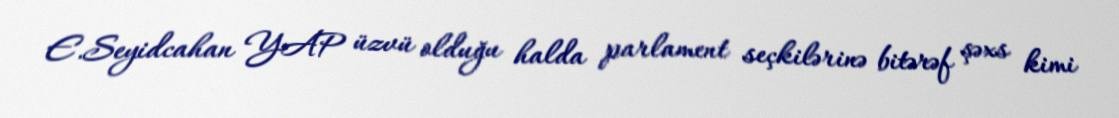
E.Seyidcahan YAP üzvü olduğu halda parlament seçkilərinə bitərəf şəxs kimi